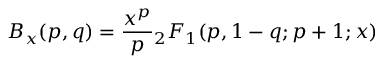
B _ { x } ( p , q ) = { \frac { x ^ { p } } { p } } { } _ { 2 } F _ { 1 } ( p , 1 - q ; p + 1 ; x )